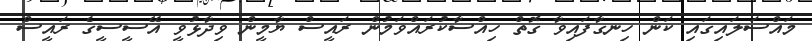
މައްސަލައިގައި ކަން ހިނގާފައިވާ ގޮތް ހިއްސާކުރައްވަމުން ރައީސް ޔާމީން ވިދާޅުވީ އޭސީސީގެ ރައީސް